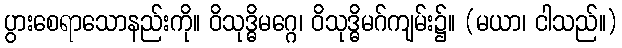
ပွားစေရာသောနည်းကို။ ဝိသုဒ္ဓိမဂ္ဂေ၊ ဝိသုဒ္ဓိမဂ်ကျမ်း၌။ (မယာ၊ ငါသည်။)